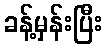
ခန့်မှန်းပြီး